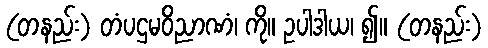
(တနည်း) တံပဌမဝိညာဏံ၊ ကို။ ဥပါဒါယ၊ ၍။ (တနည်း)